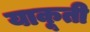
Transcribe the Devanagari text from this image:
याकूती